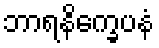
ဘာရနိက္ခေပနံ